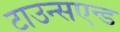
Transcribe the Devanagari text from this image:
टाउन्सएन्ड